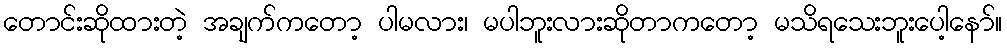
တောင်းဆိုထားတဲ့ အချက်ကတော့ ပါမလား၊ မပါဘူးလားဆိုတာကတော့ မသိရသေးဘူးပေါ့နော်။